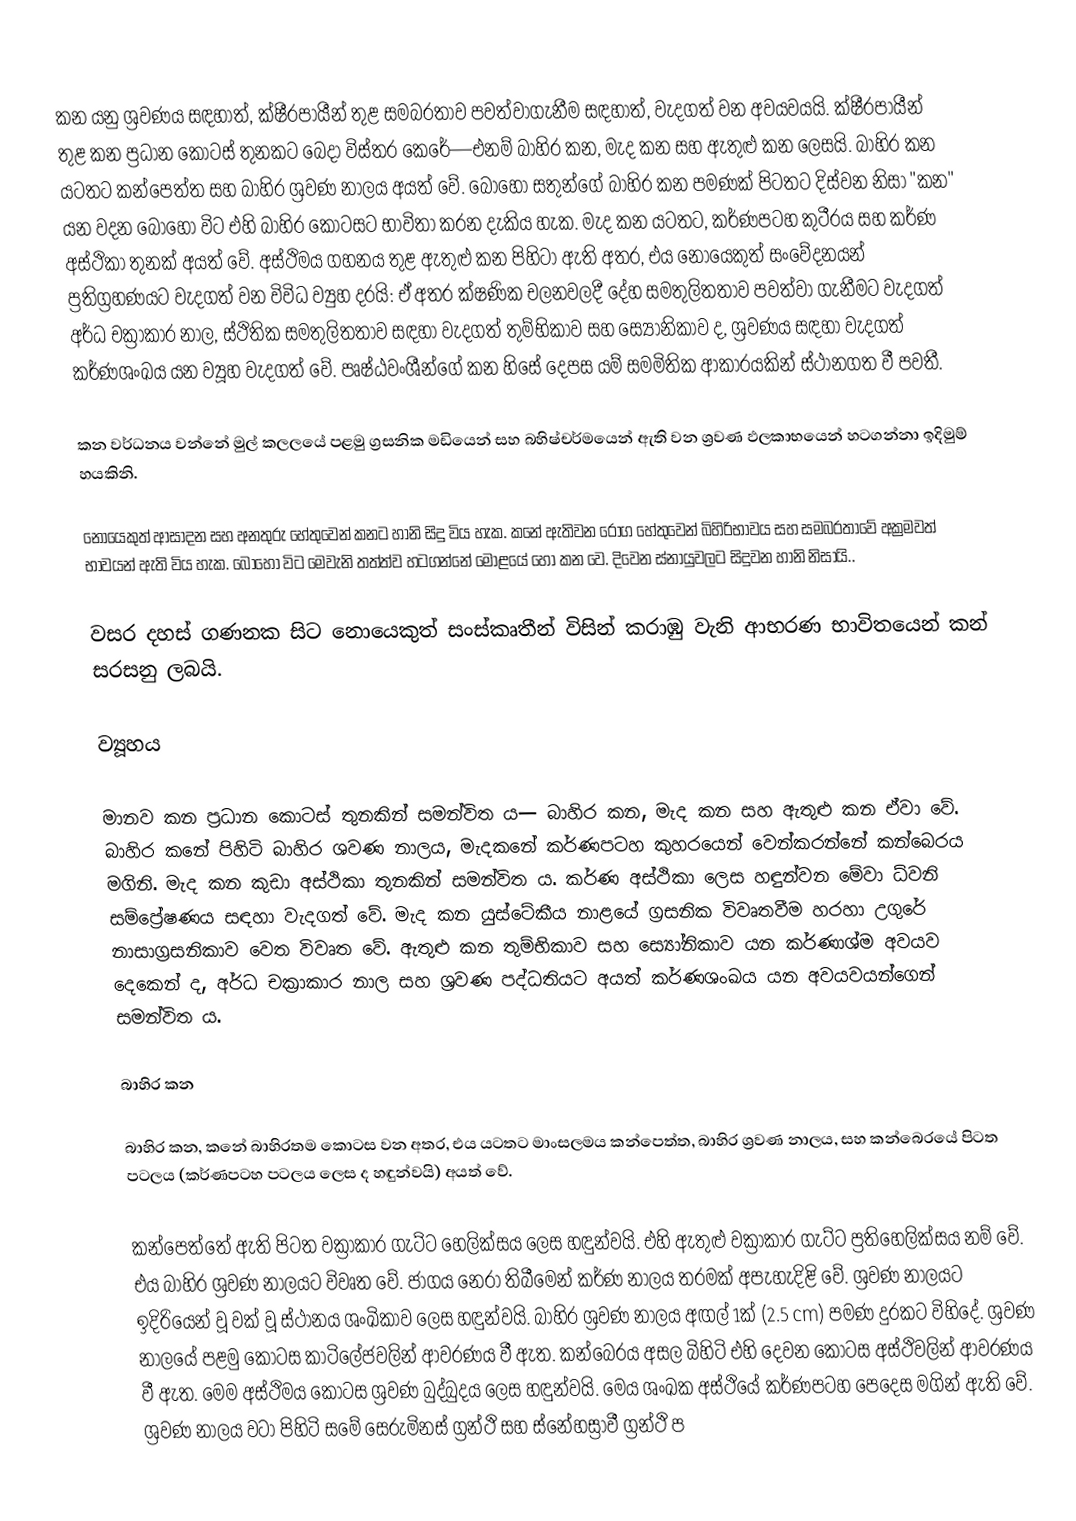
කන යනු ශ්‍රවණය සඳහාත්, ක්ෂීරපායීන් තුළ සමබරතාව පවත්වාගැනීම සඳහාත්, වැදගත් වන අවයවයයි. ක්ෂීරපායීන් තුළ කන ප්‍රධාන කොටස් තුනකට බෙදා විස්තර කෙරේ—එනම් බාහිර කන, මැද කන සහ ඇතුළු කන ලෙසයි. බාහිර කන යටතට කන්පෙත්ත සහ බාහිර ශ්‍රවණ නාලය අයත් වේ. බොහෝ සතුන්ගේ බාහිර කන පමණක් පිටතට දිස්වන නිසා "කන" යන වදන බොහෝ විට එහි බාහිර කොටසට භාවිතා කරන දැකිය හැක. මැද කන යටතට, කර්ණපටහ කුටීරය සහ කර්ණ අස්ථිකා තුනක් අයත් වේ. අස්ථිමය ගහනය තුළ ඇතුළු කන පිහිටා ඇති අතර, එය නොයෙකුත් සංවේදනයන් ප්‍රතිග්‍රහණයට වැදගත් වන විවිධ ව්‍යුහ දරයි: ඒ අතර ක්ෂණික චලනවලදී දේහ සමතුලිතතාව පවත්වා ගැනීමට වැදගත් අර්ධ චක්‍රාකාර නාල, ස්ථිතික සමතුලිතතාව සඳහා වැදගත් තුම්භිකාව සහ ස්‍යෝනිකාව ද, ශ්‍රවණය සඳහා වැදගත් කර්ණශංඛය යන ව්‍යූහ වැදගත් වේ. පෘෂ්ඨවංශීන්ගේ කන හිසේ දෙපස යම් සමමිතික ආකාරයකින් ස්ථානගත වී පවතී.

කන වර්ධනය වන්නේ මුල් කලලයේ පළමු ග්‍රසනික මඩියෙන් සහ බහිෂ්චර්මයෙන් ඇති වන ශ්‍රවණ ඵලකාභයෙන් හටගන්නා ඉදිමුම් හයකිනි.

නොයෙකුත් ආසාදන සහ අනතුරු හේතුවෙන් කනට හානි සිදු විය හැක. කනේ ඇතිවන රෝග හේතුවෙන් බිහිරිභාවය සහ සමබරතාවේ අක්‍රමවත් භාවයන් ඇති විය හැක. බොහෝ විට මෙවැනි තත්ත්ව හටගන්නේ මොළයේ හෝ කන වෙ. දිවෙන ස්නායුවලට සිදුවන හානි නිසායි..

වසර දහස් ගණනක සිට නොයෙකුත් සංස්කෘතීන් විසින් කරාඹු වැනි ආභරණ භාවිතයෙන් කන් සරසනු ලබයි.

ව්‍යූහය

මානව කන ප්‍රධාන කොටස් තුනකින් සමන්විත ය— බාහිර කන, මැද කන සහ ඇතුළු කන ඒවා වේ. බාහිර කනේ පිහිටි බාහිර ශවණ නාලය, මැදකනේ කර්ණපටහ කුහරයෙන් වෙන්කරන්නේ කන්බෙරය මගිනි. මැද කන කුඩා අස්ථිකා තුනකින් සමන්විත ය. කර්ණ අස්ථිකා ලෙස හඳුන්වන මේවා ධ්වනි සම්ප්‍රේෂණය සඳහා වැදගත් වේ. මැද කන යුස්ටේකීය නාළයේ ග්‍රසනික විවෘතවීම හරහා උගුරේ නාසාග්‍රසනිකාව වෙත විවෘත වේ. ඇතුළු කන තුම්භිකාව සහ ස්‍යෝනිකාව යන කර්ණාශ්ම අවයව දෙකෙන් ද, අර්ධ චක්‍රාකාර නාල සහ ශ්‍රවණ පද්ධතියට අයත් කර්ණශංඛය යන අවයවයන්ගෙන් සමන්විත ය.

බාහිර කන

බාහිර කන, කනේ බාහිරතම කොටස වන අතර, එය යටතට මාංසලමය කන්පෙත්ත, බාහිර ශ්‍රවණ නාලය, සහ කන්බෙරයේ පිටත පටලය (කර්ණපටහ පටලය ලෙස ද හඳුන්වයි) අයත් වේ.

කන්පෙත්තේ ඇති පිටත වක්‍රාකාර ගැට්ට හෙලික්සය ලෙස හඳුන්වයි. එහි ඇතුළු වක්‍රාකාර ගැට්ට ප්‍රතිහෙලික්සය නම් වේ. එය බාහිර ශ්‍රවණ නාලයට විවෘත වේ. ජාගය නෙරා තිබීමෙන් කර්ණ නාලය තරමක් අපැහැදිළි වේ. ශ්‍රවණ නාලයට ඉදිරියෙන් වූ වක් වූ ස්ථානය ශංඛිකාව ලෙස හඳුන්වයි. බාහිර ශ්‍රවණ නාලය අඟල් 1ක් (2.5 cm) පමණ දුරකට විහිදේ. ශ්‍රවණ නාලයේ පළමු කොටස කාටිලේජවලින් ආවරණය වී ඇත. කන්බෙරය අසල බිහිටි එහි දෙවන කොටස අස්ථිවලින් ආවරණය වී ඇත. මෙම අස්ථිමය කොටස ශ්‍රවණ බුද්බුදය ලෙස හඳුන්වයි. මෙය ශංඛක අස්ථියේ කර්ණපටහ පෙදෙස මගින් ඇති වේ. ශ්‍රවණ නාලය වටා පිහිටි සමේ සෙරුමිනස් ග්‍රන්ථි සහ ස්නේහස්‍රාවී ග්‍රන්ථි ප